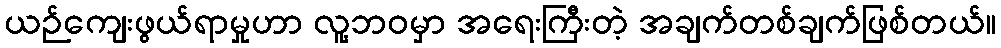
ယဉ်ကျေးဖွယ်ရာမှုဟာ လူ့ဘဝမှာ အရေးကြီးတဲ့ အချက်တစ်ချက်ဖြစ်တယ်။